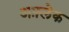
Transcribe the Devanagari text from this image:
अफ़्लेक